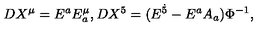
D X ^ { \mu } = E ^ { a } E _ { a } ^ { \mu } , D X ^ { 5 } = ( E ^ { \dot { 5 } } - E ^ { a } A _ { a } ) \Phi ^ { - 1 } ,